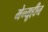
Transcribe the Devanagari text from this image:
मेन्यूहीन